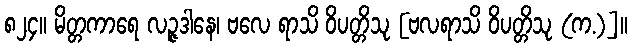
၈၂၄။ မိတ္တကာရေ လဉ္ဇဒါနေ၊ ဗလေ ရာသိ ဝိပတ္တိသု [ဗလရာသိ ဝိပတ္တိသု (က.)]။